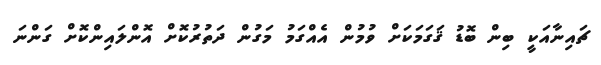
ޗައިނާއަކީ ބިން ބޮޑު ޤަގަމަކަށް ވުމުން އެއްގަމު މަގުން ދަތުރުކޮށް އޮންލައިންކޮށް ގަންނަ